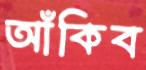
আঁকিব